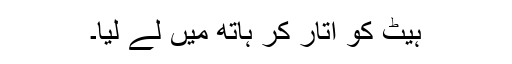
ہیٹ کو اتار کر ہاتھ میں لے لیا۔